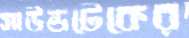
সাউন্ডটেকের